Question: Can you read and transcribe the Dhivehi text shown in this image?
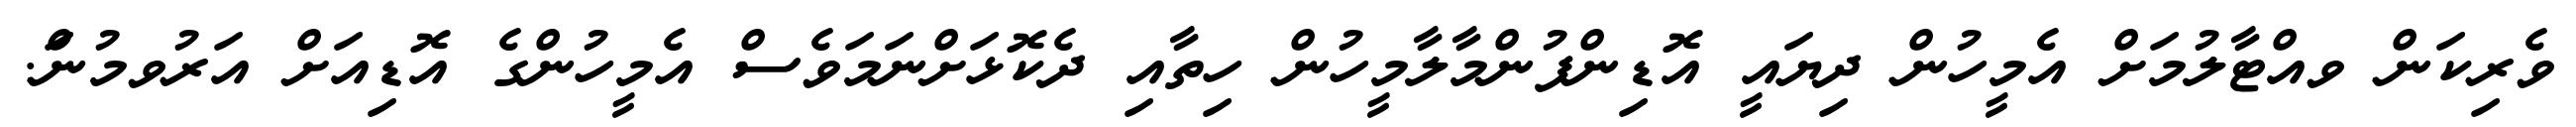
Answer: ވެރިކަން ވއްޓާލުމަށް އެމީހުން ދިޔައީ އޮޑިންފުންމާލާމީހުން ހިތާއި ދެކޮޅަށްނަމަވެސް އެމީހުންގެ އޮޑިއަށް އަރުވމުނަް.